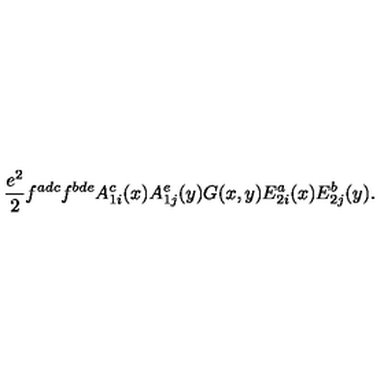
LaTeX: { \frac { e ^ { 2 } } { 2 } } f ^ { a d c } f ^ { b d e } A _ { 1 i } ^ { c } ( x ) A _ { 1 j } ^ { e } ( y ) G ( x , y ) E _ { 2 i } ^ { a } ( x ) E _ { 2 j } ^ { b } ( y ) .